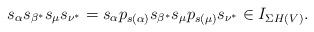
LaTeX: \begin{align*}s_{\alpha}s_{\beta^*}s_{\mu}s_{\nu^*}=s_{\alpha}p_{s(\alpha)}s_{\beta^*}s_{\mu}p_{s(\mu)}s_{\nu^*}\in I_{\Sigma H(V)}.\end{align*}